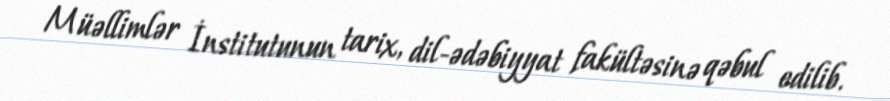
Müəllimlər İnstitutunun tarix, dil-ədəbiyyat fakültəsinə qəbul edilib.